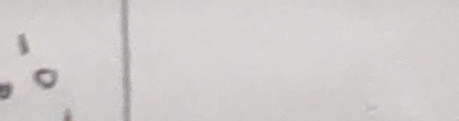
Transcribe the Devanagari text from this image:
०